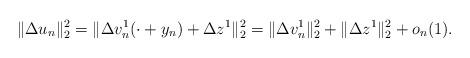
LaTeX: \begin{align*}\|\Delta u_{n}\|_{2}^{2}=\|\Delta v_{n}^{1}(\cdot+y_{n})+\Delta z^{1}\|_{2}^{2}=\|\Delta v_{n}^{1}\|_{2}^{2}+\|\Delta z^{1}\|_{2}^{2}+o_{n}(1).\end{align*}